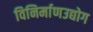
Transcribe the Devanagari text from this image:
विनिर्माणउद्योग